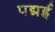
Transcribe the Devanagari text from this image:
पद्मई